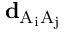
\mathbf { d } _ { \mathrm { { A } _ { i } \mathrm { { A } _ { j } } } }